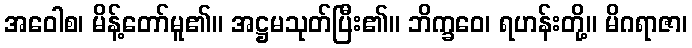
အဝေါစ၊ မိန့်တော်မူ၏။ အဋ္ဌမသုတ်ပြီး၏။ ဘိက္ခဝေ၊ ရဟန်းတို့။ မိဂရာဇာ၊